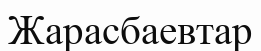
Жарасбаевтар